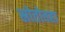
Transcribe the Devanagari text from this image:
स्रोतोवहा